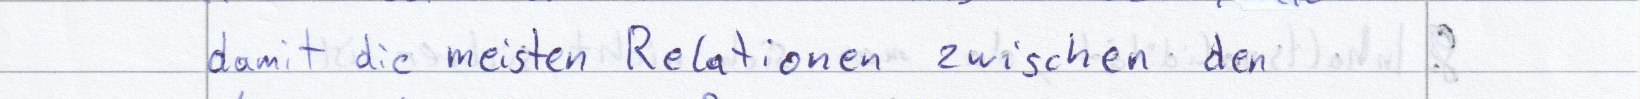
damit die meisten Relationen zwischen den